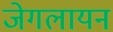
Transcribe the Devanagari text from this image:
जेगलायन